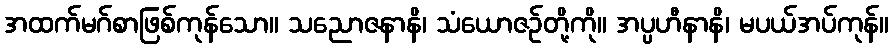
အထက်မဂ်စာဖြစ်ကုန်သော။ သညောဇနာနိ၊ သံယောဇဉ်တို့ကို။ အပ္ပဟီနာနိ၊ မပယ်အပ်ကုန်။